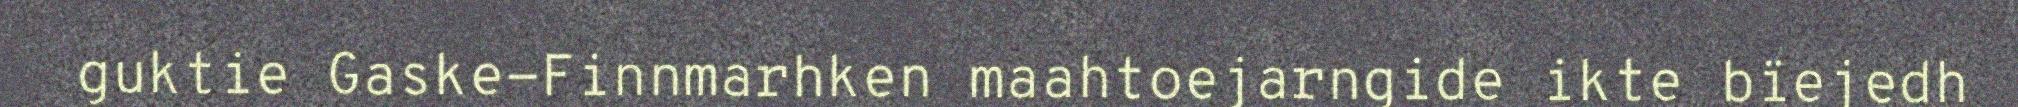
guktie Gaske-Finnmarhken maahtoejarngide ikte bïejedh